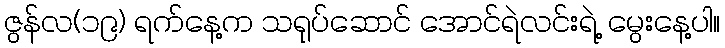
ဇွန်လ(၁၉) ရက်နေ့က သရုပ်ဆောင် အောင်ရဲလင်းရဲ့ မွေးနေ့ပါ။